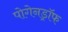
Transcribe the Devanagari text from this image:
पोगेनड्रॉफ